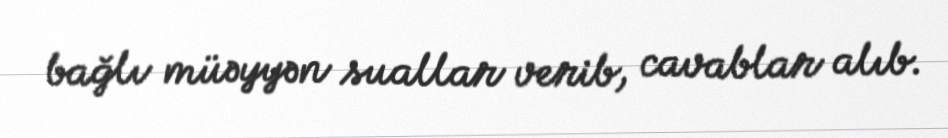
bağlı müəyyən suallar verib, cavablar alıb.